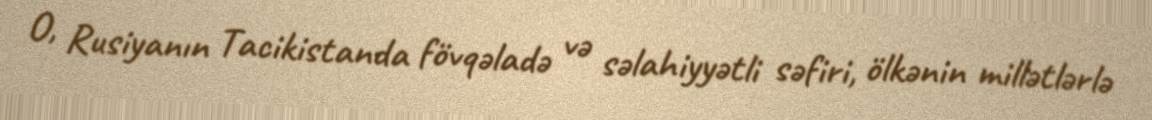
O, Rusiyanın Tacikistanda fövqəladə və səlahiyyətli səfiri, ölkənin millətlərlə